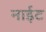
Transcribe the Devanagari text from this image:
नाईट